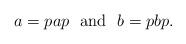
LaTeX: \begin{align*} a=pap\ \ \hbox{and}\ \ b=pbp. \end{align*}